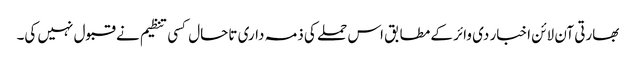
بھارتی آن لائن اخبار دی وائر کے مطابق اس حملے کی ذمہ داری تاحال کسی تنظیم نے قبول نہیں کی۔